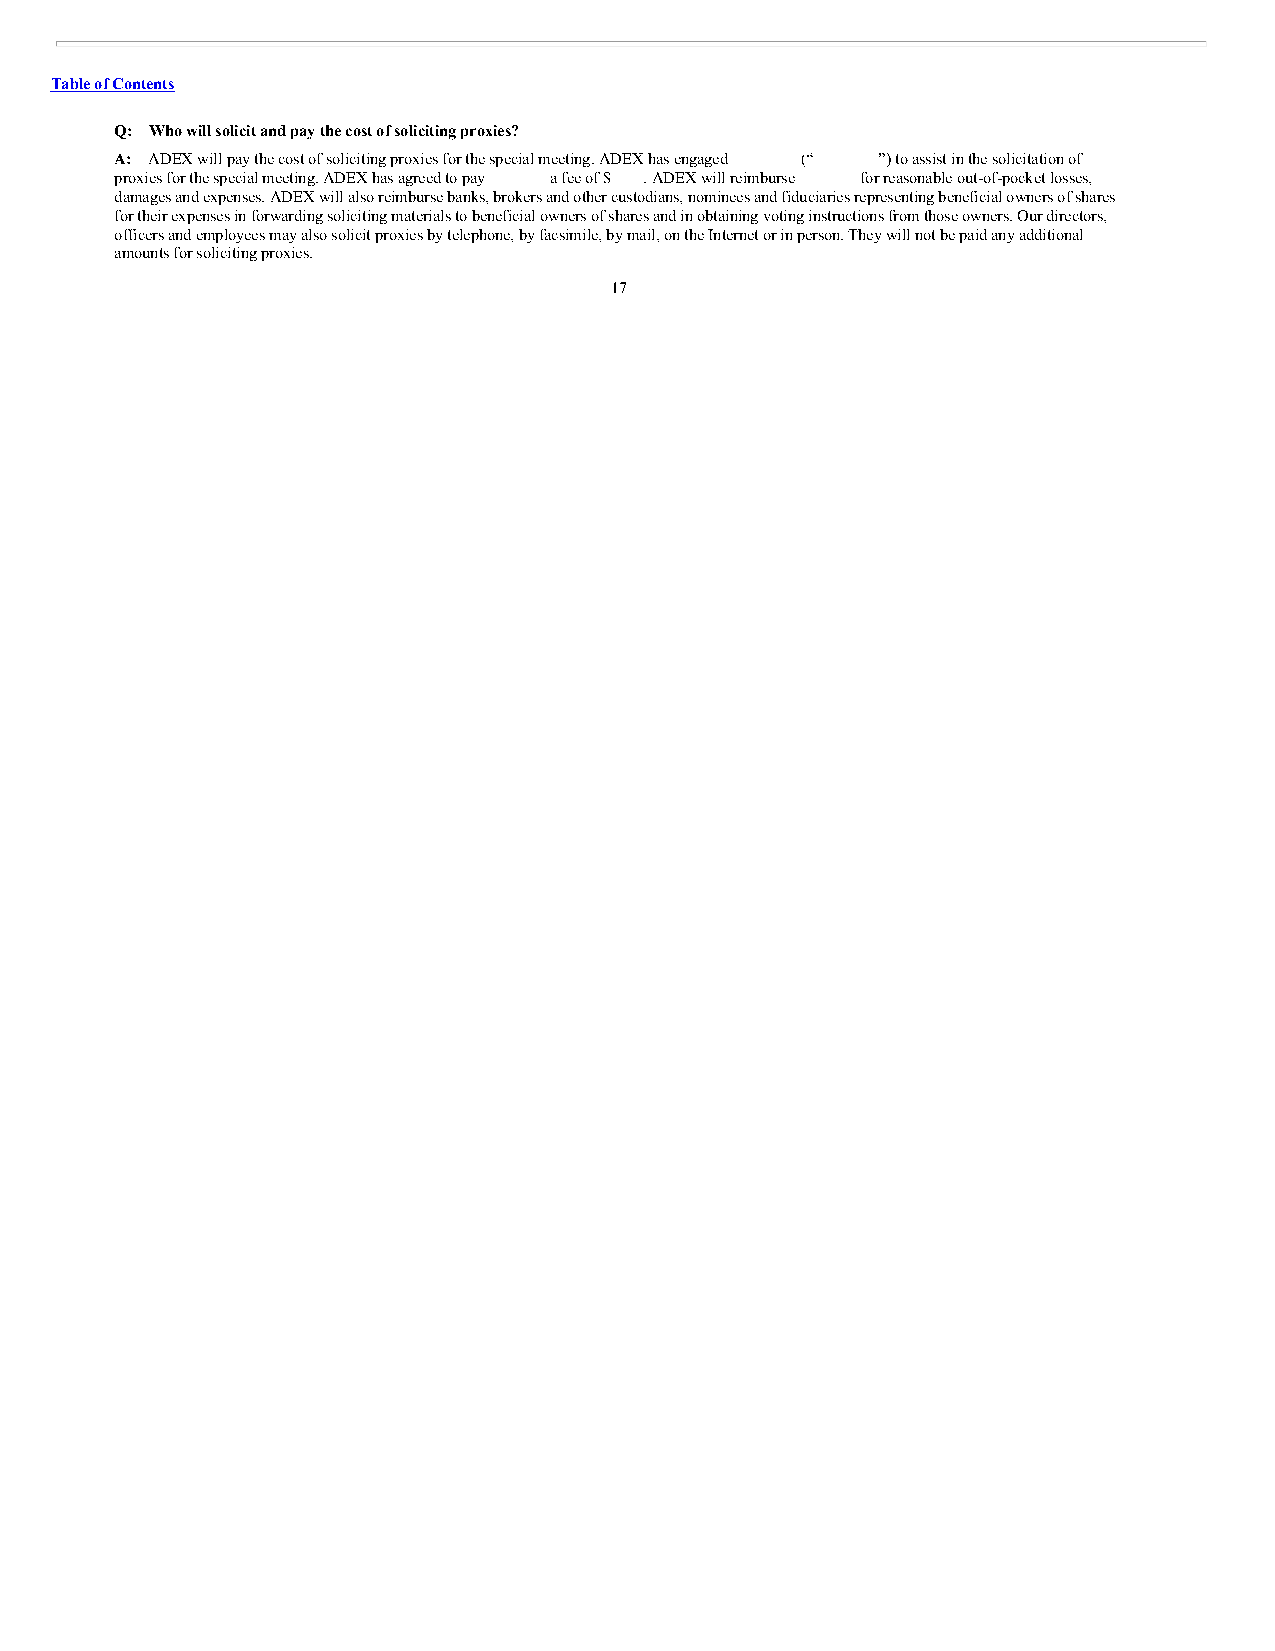
Table of Contents
 Q: Who will solicit and pay the cost of soliciting proxies?
 A: ADEX will pay the cost of soliciting proxies for the special meeting. ADEX has engaged (“ ”) to assist in the solicitation of
 proxies for the special meeting. ADEX has agreed to pay a fee of $ . ADEX will reimburse for reasonable out-of-pocket losses,
 damages and expenses. ADEX will also reimburse banks, brokers and other custodians, nominees and fiduciaries representing beneficial owners of shares
 for their expenses in forwarding soliciting materials to beneficial owners of shares and in obtaining voting instructions from those owners. Our directors,
 officers and employees may also solicit proxies by telephone, by facsimile, by mail, on the Internet or in person. They will not be paid any additional
 amounts for soliciting proxies.
 17